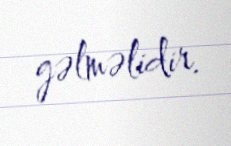
gəlməlidir.